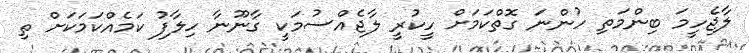
ލާޖެހީމަ ބިންމަތި ހުންނަ ގޮތްކަމަށް ހީކުރީ ލާޖެއްސުމަކީ ގާނޫނާ ހިލާފު ކަމެއްކަމަކަށް ތި